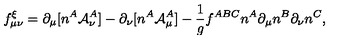
f _ { \mu \nu } ^ { \xi } = \partial _ { \mu } [ n ^ { A } { \cal A } _ { \nu } ^ { A } ] - \partial _ { \nu } [ n ^ { A } { \cal A } _ { \mu } ^ { A } ] - { \frac { 1 } { g } } f ^ { A B C } n ^ { A } \partial _ { \mu } n ^ { B } \partial _ { \nu } n ^ { C } ,